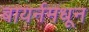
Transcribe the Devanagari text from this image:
बायर्नमधून